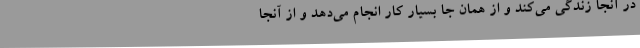
در آنجا زندگی می‌کند و از همان جا بسیار کار انجام می‌دهد و از آنجا